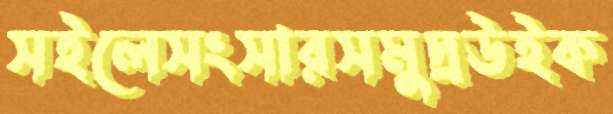
সইলেসংসারসমুদ্রউইক